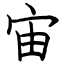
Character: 宙